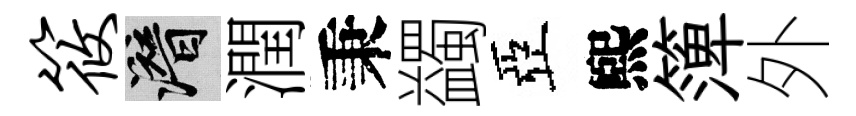
筱潜潤秉蠲亞煕𥱼外